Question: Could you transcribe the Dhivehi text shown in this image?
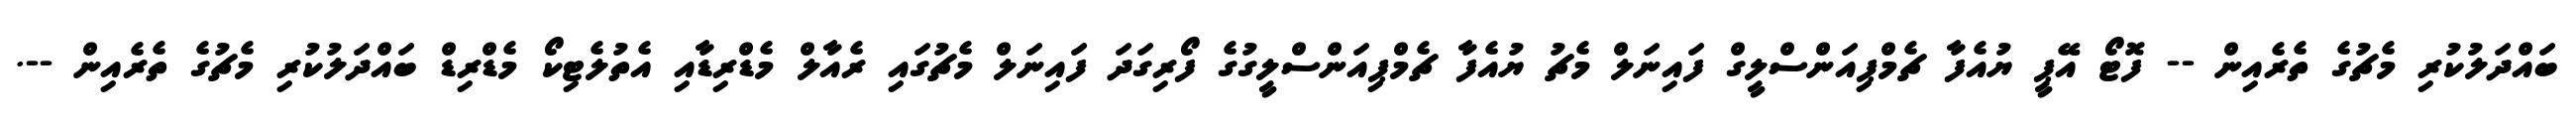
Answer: ބައްދަލުކުރި މެޗުގެ ތެރެއިން -- ފޮޓޯ އޭޕީ ޔުއެފާ ޗެމްޕިއަންސްލީގް ފައިނަލް މެޗު ޔުއެފާ ޗެމްޕިއަންސްލީގުގެ ފޯރިގަދަ ފައިނަލް މެޗުގައި ރެއާލް މެޑްރިޑާއި އެތުލެޓިކޯ މެޑްރިޑް ބައްދަލުކުރި މެޗުގެ ތެރެއިން --.